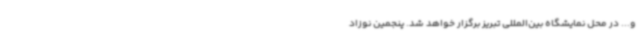
و... در محل نمایشگاه بین‌المللی تبریز برگزار خواهد شد. پنجمین نوزاد